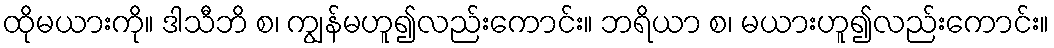
ထိုမယားကို။ ဒါသီဘိ စ၊ ကျွန်မဟူ၍လည်းကောင်း။ ဘရိယာ စ၊ မယားဟူ၍လည်းကောင်း။